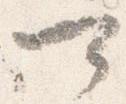
可